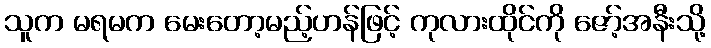
သူက မရမက မေးတော့မည့်ဟန်ဖြင့် ကုလားထိုင်ကို ဇော့်အနီးသို့